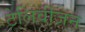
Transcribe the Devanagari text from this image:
टेलिवीजन